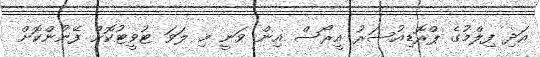
އަދި ފިލްމުގެ ޕްރޮޑިއުސަރު އީރޯސް އިން ވަނީ މި ލަވަ ޓުވީޓުކޮށް ފޭނުންކޮށް